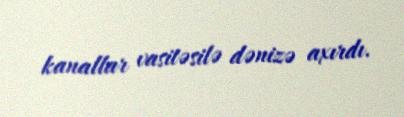
kanallar vasitəsilə dənizə axırdı.